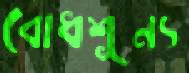
বোধশূন্য